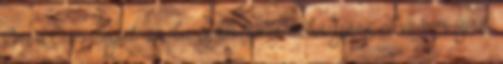
One's Own Saját szoba című műve, sokadjára olvasom újra.